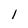
Character: 1